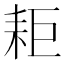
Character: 耟